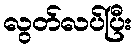
လွတ်လပ်ပြီး